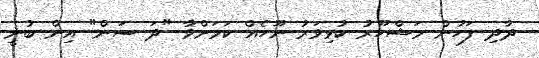
ދާދި ފަހުން މަޝްހޫރު ކުޅިވަރު ނޫހެއް ކަމަށްވާ "ދަ ސަން" އިން ބުނީ